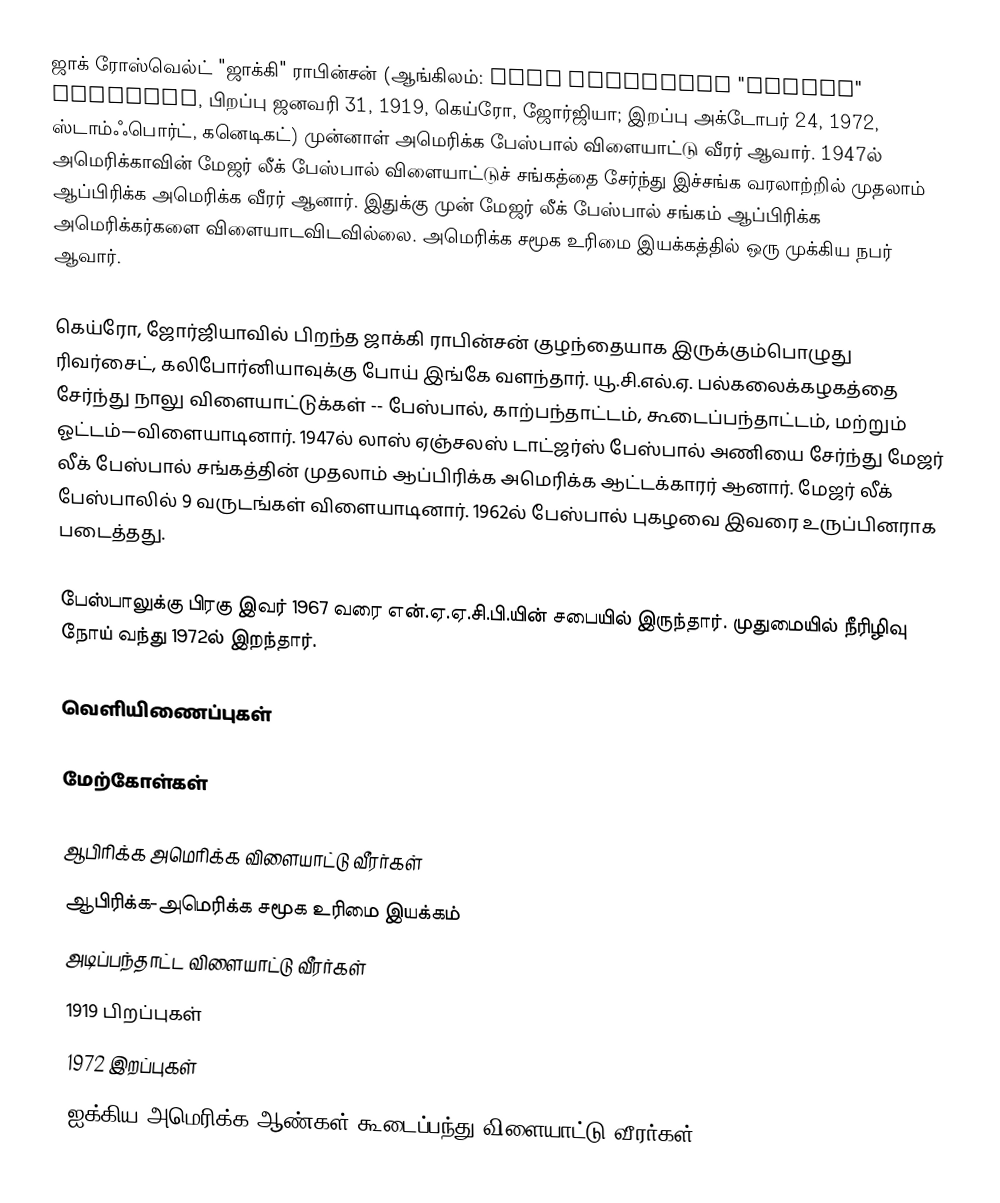
ஜாக் ரோஸ்வெல்ட் "ஜாக்கி" ராபின்சன் (ஆங்கிலம்: Jack Roosevelt "Jackie" Robinson, பிறப்பு ஜனவரி 31, 1919, கெய்ரோ, ஜோர்ஜியா; இறப்பு அக்டோபர் 24, 1972, ஸ்டாம்ஃபொர்ட், கனெடிகட்) முன்னாள் அமெரிக்க பேஸ்பால் விளையாட்டு வீரர் ஆவார். 1947ல் அமெரிக்காவின் மேஜர் லீக் பேஸ்பால் விளையாட்டுச் சங்கத்தை சேர்ந்து இச்சங்க வரலாற்றில் முதலாம் ஆப்பிரிக்க அமெரிக்க வீரர் ஆனார். இதுக்கு முன் மேஜர் லீக் பேஸ்பால் சங்கம் ஆப்பிரிக்க அமெரிக்கர்களை விளையாடவிடவில்லை. அமெரிக்க சமூக உரிமை இயக்கத்தில் ஒரு முக்கிய நபர் ஆவார்.

கெய்ரோ, ஜோர்ஜியாவில் பிறந்த ஜாக்கி ராபின்சன் குழந்தையாக இருக்கும்பொழுது ரிவர்சைட், கலிபோர்னியாவுக்கு போய் இங்கே வளந்தார். யூ.சி.எல்.ஏ. பல்கலைக்கழகத்தை சேர்ந்து நாலு விளையாட்டுக்கள் -- பேஸ்பால், காற்பந்தாட்டம், கூடைப்பந்தாட்டம், மற்றும் ஓட்டம்—விளையாடினார். 1947ல் லாஸ் ஏஞ்சலஸ் டாட்ஜர்ஸ் பேஸ்பால் அணியை சேர்ந்து மேஜர் லீக் பேஸ்பால் சங்கத்தின் முதலாம் ஆப்பிரிக்க அமெரிக்க ஆட்டக்காரர் ஆனார். மேஜர் லீக் பேஸ்பாலில் 9 வருடங்கள் விளையாடினார். 1962ல் பேஸ்பால் புகழவை இவரை உருப்பினராக படைத்தது.

பேஸ்பாலுக்கு பிரகு இவர் 1967 வரை என்.ஏ.ஏ.சி.பி.யின் சபையில் இருந்தார். முதுமையில் நீரிழிவு நோய் வந்து 1972ல் இறந்தார்.

வெளியிணைப்புகள்

மேற்கோள்கள்

ஆபிரிக்க அமெரிக்க விளையாட்டு வீரர்கள்
ஆபிரிக்க-அமெரிக்க சமூக உரிமை இயக்கம்
அடிப்பந்தாட்ட விளையாட்டு வீரர்கள்
1919 பிறப்புகள்
1972 இறப்புகள்
ஐக்கிய அமெரிக்க ஆண்கள் கூடைப்பந்து விளையாட்டு வீரர்கள்